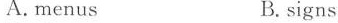
A. menus B. signs